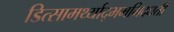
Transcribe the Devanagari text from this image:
डित्सामर्थ्याद्भमभिदधती